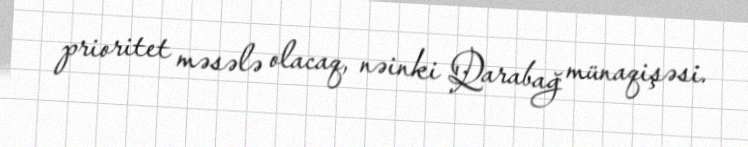
prioritet məsələ olacaq, nəinki Qarabağ münaqişəsi.